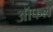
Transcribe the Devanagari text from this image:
ऑफल